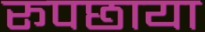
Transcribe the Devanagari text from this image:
रूपछाया